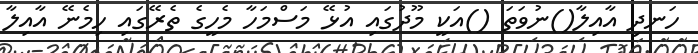
ހަނދި އާއިލާ()ނުވަތަ ()އަކީ މޫދުގައި އުޅޭ މަސްމަހާ މެހީގެ ތެރޭގައި ހިމެނޭ އާއިލާ